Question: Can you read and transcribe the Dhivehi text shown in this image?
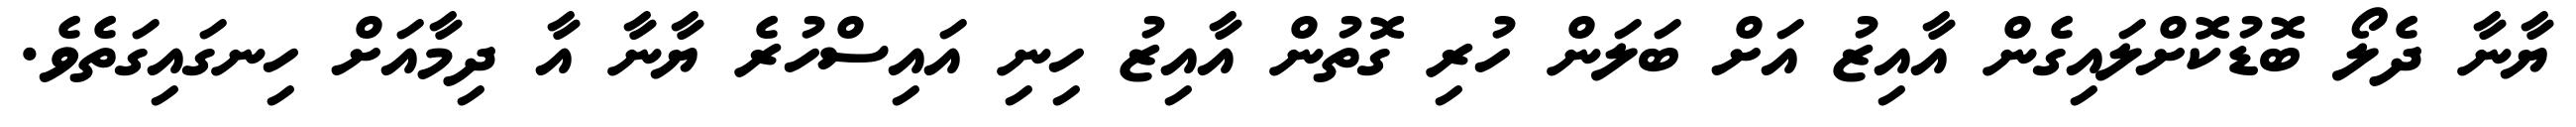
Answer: ޔާނާ ދެލޯ ބޮޑުކޮށްލައިގެން އާއިޒު އަށް ބަލަން ހުރި ގޮތުން އާއިޒު ހިނި އައިސްހުރެ ޔާނާ އާ ދިމާއަށް ހިނގައިގަތެވެ.